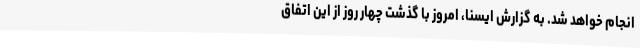
انجام خواهد شد. به گزارش ایسنا، امروز با گذشت چهار روز از این اتفاق